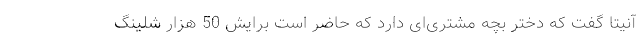
آنیتا گفت که دختر بچه مشتری‌ای دارد که حاضر است برایش 50 هزار شلینگ